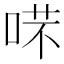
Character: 𠶙